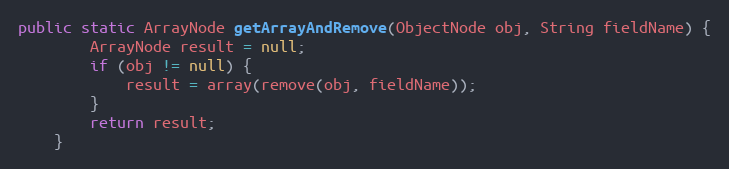
Language: Java
public static ArrayNode getArrayAndRemove(ObjectNode obj, String fieldName) {
		ArrayNode result = null;
		if (obj != null) {
			result = array(remove(obj, fieldName));
		}
		return result;
	}